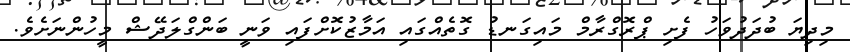
މިދިޔަ ބުދަދުވަހު ފެށި ޕްރޮގްރާމް މައިގަނޑު ގޮތެއްގައި އަމާޒުކޮށްފައި ވަނީ ބަންގްލަދޭޝް މީހުންނަށެވެ.